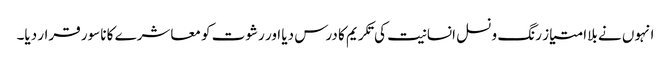
انہوں نے بلاامتیاز رنگ و نسل انسانیت کی تکریم کا درس دیا اور رشوت کو معاشرے کا ناسور قرار دیا۔